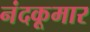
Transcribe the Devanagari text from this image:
नंदकूमार